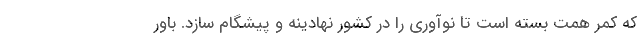
که کمر همت بسته است تا نوآوری را در کشور نهادینه و پیشگام سازد. باور